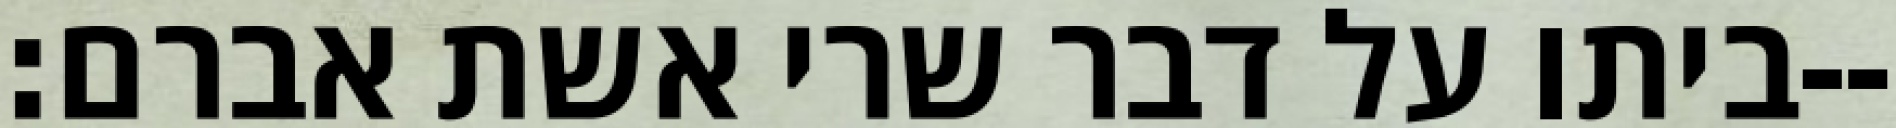
ביתו על דבר שרי אשת אברם׃--